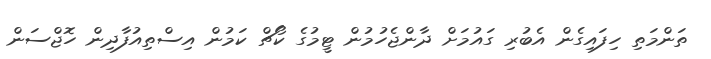
ތަންމަތި ހިފައިގެން އެބުރި ގައުމަށް ދާންޖެހުމުން ޓީމުގެ ކޯޗް ކަމުން އިސްތިއުފާދިން ހޮޖްސަން